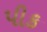
પીક